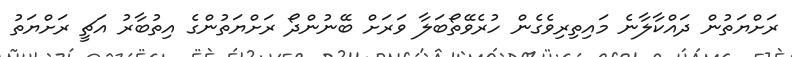
ރަށްޔަތުން ދައްކާލާނެ މައިތިރިވެގެން ހުރެވޭތޯބަލާ ވަރަށް ބޭނުންދޯ ރަށްޔަތުންގެ އިތުބާރު އަޗީ ރަށްޔަތު